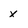
Character: x